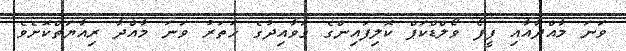
ވަނަ މާއްދާއާއި ފީފޯ ވޯލްޑްކަޕް ކޮލިފައިންގެ ގަވާއިދުގެ ހަތަރު ވަނަ މާއްދާ ރިއާޔަތްކޮށެވެ.